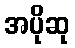
အပိုဆု